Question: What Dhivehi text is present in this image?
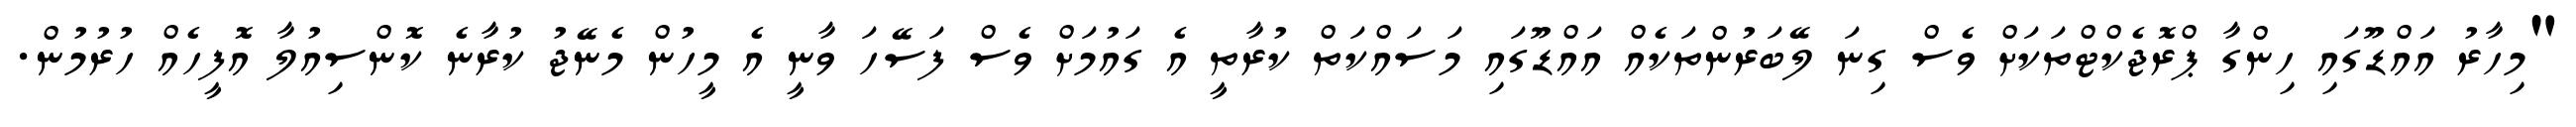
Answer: "މިހާރު އައްޑޫގައި ހިންގާ ޕްރޮޖެކްޓްތަކަށް ވެސް ގިނަ ލޭބަރުންތަކެއް އައްޑޫގައި މަސައްކަތް ކުރާތީ އެ ގައުމަށް ވެސް ފަސޭހަ ވާނީ އެ މީހުން މެނޭޖު ކުރާނެ ކޮންސިއުލާ އޮފީހެއް ހުރުމުން.